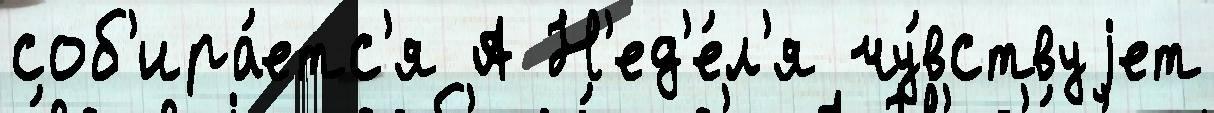
соб'ира́етс'я А Н'ед'е́л'я чу́вствуjет